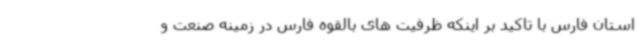
استان فارس با تاکید بر اینکه ظرفیت های بالقوه فارس در زمینه صنعت و